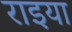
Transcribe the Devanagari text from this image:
राइया